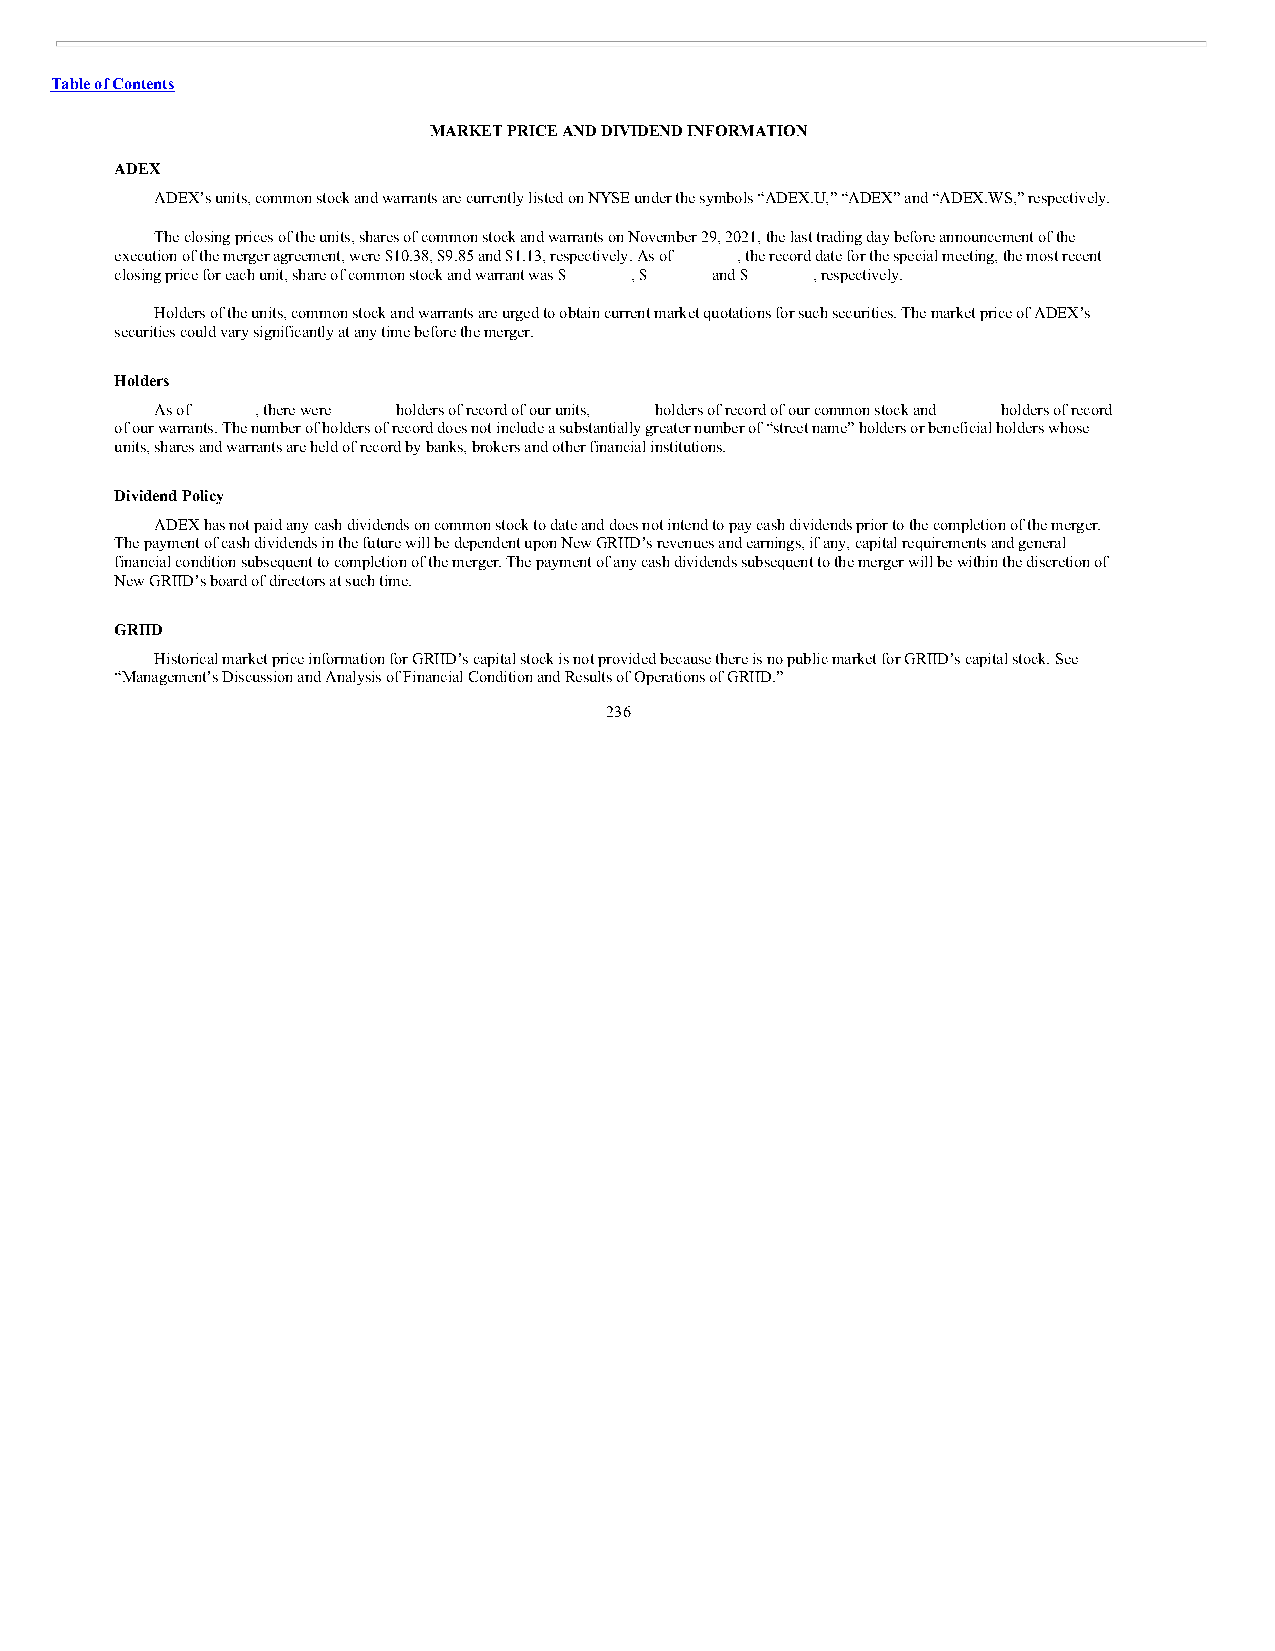
Table of Contents
 MARKET PRICE AND DIVIDEND INFORMATION
 ADEX
 ADEX’s units, common stock and warrants are currently listed on NYSE under the symbols “ADEX.U,” “ADEX” and “ADEX.WS,” respectively.
 The closing prices of the units, shares of common stock and warrants on November 29, 2021, the last trading day before announcement of the
 execution of the merger agreement, were $10.38, $9.85 and $1.13, respectively. As of , the record date for the special meeting, the most recent
 closing price for each unit, share of common stock and warrant was $ , $ and $ , respectively.
 Holders of the units, common stock and warrants are urged to obtain current market quotations for such securities. The market price of ADEX’s
 securities could vary significantly at any time before the merger.
 Holders
 As of  , there were holders of record of our units, holders of record of our common stock and holders of record
 of our warrants. The number of holders of record does not include a substantially greater number of “street name” holders or beneficial holders whose
 units, shares and warrants are held of record by banks, brokers and other financial institutions.
 Dividend Policy
 ADEX has not paid any cash dividends on common stock to date and does not intend to pay cash dividends prior to the completion of the merger.
 The payment of cash dividends in the future will be dependent upon New GRIID’s revenues and earnings, if any, capital requirements and general
 financial condition subsequent to completion of the merger. The payment of any cash dividends subsequent to the merger will be within the discretion of
 New GRIID’s board of directors at such time.
 GRIID
 Historical market price information for GRIID’s capital stock is not provided because there is no public market for GRIID’s capital stock. See
 “Management’s Discussion and Analysis of Financial Condition and Results of Operations of GRIID.”
 236